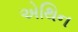
એથિન